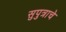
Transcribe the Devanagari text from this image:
सुपुत्राचे